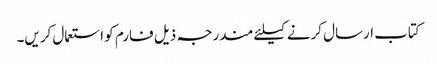
کتاب ارسال کرنے کیلئے مندرجہ ذیل فارم کو استعمال کریں۔